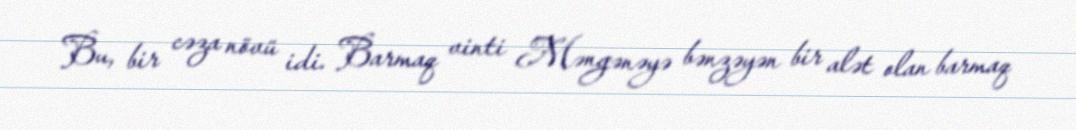
Bu, bir cəza növü idi. Barmaq vinti Məngənəyə bənzəyən bir alət olan barmaq